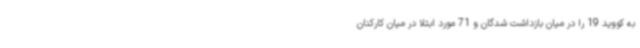
به کووید 19 را در میان بازداشت شدگان و 71 مورد ابتلا در میان کارکنان